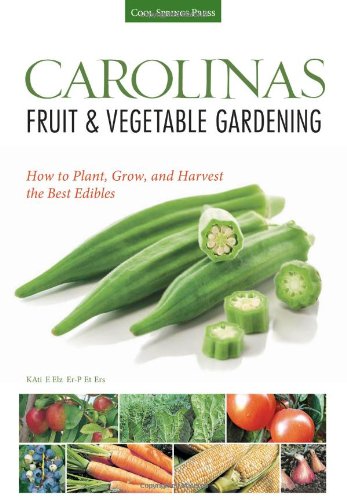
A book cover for Carolinas Fruit & Vegetable Gardening: How to Plant, Grow, and Harvest the Best Edibles (Fruit & Vegetable Gardening Guides); Katie Elzer-Peters; Crafts, Hobbies & Home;